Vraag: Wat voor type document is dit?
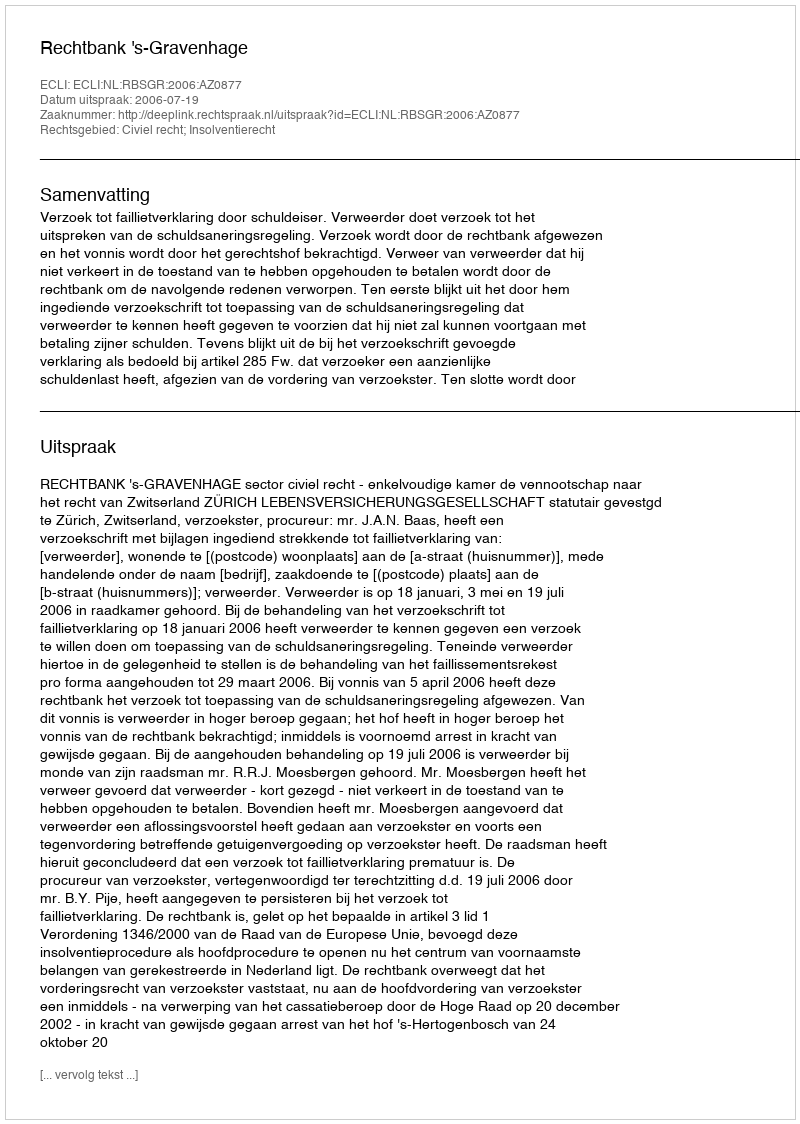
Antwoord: Uitspraak